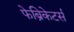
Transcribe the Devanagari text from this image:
फेब्रिकेटर्स